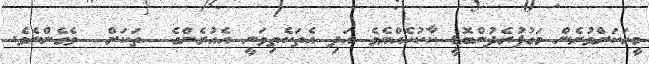
މީހަކަށްވުރެން މަގުފުރެދުންބޮޑީ ކާކުހެއްޔެވެ އަދި އެތަކެތިވަނީ އެއުރެންގެ  ތަކަށް  ވެގެންނެވެ.